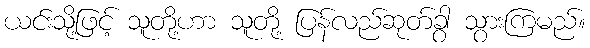
ယင်းသို့ဖြင့် သူတို့ဟာ သူတို့ ပြန်လည်ဆုတ်ခွာ သွားကြမည်။